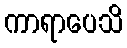
ကာရာပေသိ